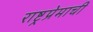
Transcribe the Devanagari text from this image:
राष्ट्रप्रेमाची